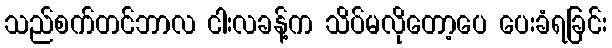
သည်စက်တင်ဘာလ ငါးလခန့်က သိပ်မလိုတော့ပေ ပေးခံရခြင်း